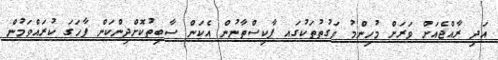
އަދި ރާއްޖެއަށް ވަރަށް މުހިންމު ވަގުތުތަކުގައ ޕާކިސްތާނުން އެކަން ސާބިތުކޮށްދިންކަން ފާހަގަ ކުރައްވަމުން